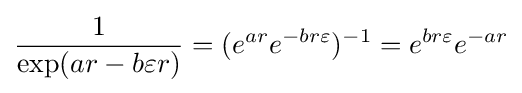
{\frac {1}{\exp(ar-b\varepsilon r)}}=(e^{ar}e^{-br\varepsilon })^{-1}=e^{br\varepsilon }e^{-ar}